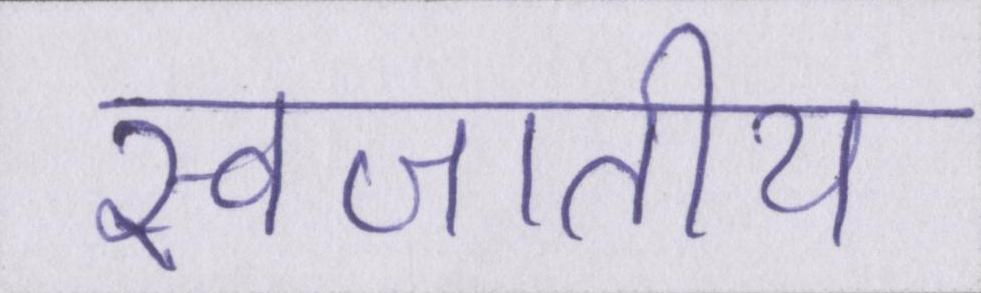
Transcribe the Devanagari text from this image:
स्वजातीय